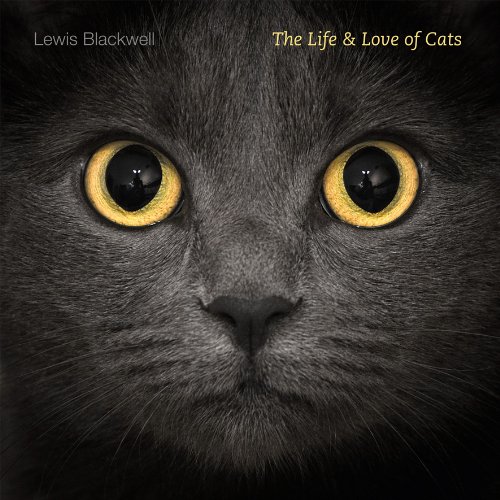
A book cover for The Life and Love of Cats; Lewis Blackwell; Crafts, Hobbies & Home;